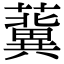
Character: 𧃞